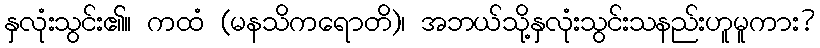
နှလုံးသွင်း၏။ ကထံ (မနသိကရောတိ)၊ အဘယ်သို့နှလုံးသွင်းသနည်းဟူမူကား?